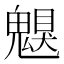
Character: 𩳵